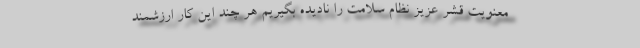
معنویت قشر عزیز نظام سلامت را نادیده بگیریم هر چند این کار ارزشمند